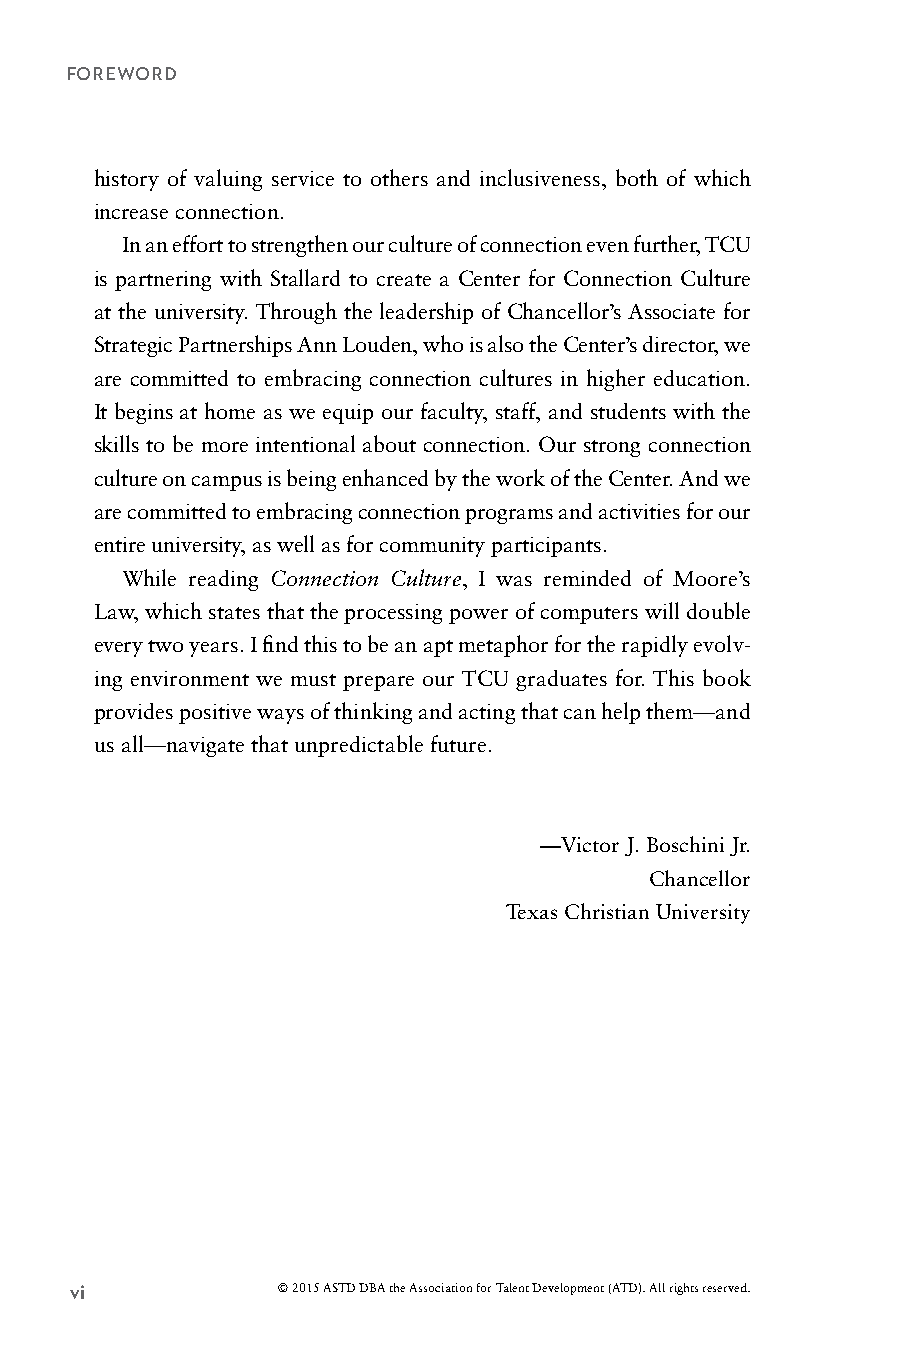
FOREWORD
 history of valuing service to others and inclusiveness, both of which
 increase connection.
 In an effort to strengthen our culture of connection even further, TCU
 is partnering with Stallard to create a Center for Connection Culture
 at the university. Through the leadership of Chancellor’s Associate for
 Strategic Partnerships Ann Louden, who is also the Center’s director, we
 are committed to embracing connection cultures in higher education.
 It begins at home as we equip our faculty, staff, and students with the
 skills to be more intentional about connection. Our strong connection
 culture on campus is being enhanced by the work of the Center. And we
 are committed to embracing connection programs and activities for our
 entire university, as well as for community participants.
 While reading Connection Culture, I was reminded of Moore’s
 Law, which states that the processing power of computers will double
 every two years. I find this to be an apt metaphor for the rapidly evolv-
 ing environment we must prepare our TCU graduates for. This book
 provides positive ways of thinking and acting that can help them—and
 us all—navigate that unpredictable future.
 —Victor J. Boschini Jr.
 Chancellor
 Texas Christian University
 vi           © 2015 ASTD DBA the Association for Talent Development (ATD). All rights reserved.